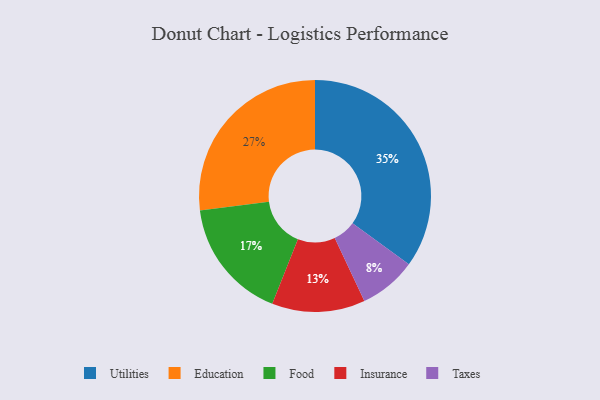
{"axis": {"x": "Category", "y": "Percentage"}, "legend": ["Education", "Food", "Insurance", "Taxes", "Utilities"], "data": [{"x": "Taxes", "y": 8, "type": "Taxes"}, {"x": "Insurance", "y": 13, "type": "Insurance"}, {"x": "Utilities", "y": 35, "type": "Utilities"}, {"x": "Education", "y": 27, "type": "Education"}, {"x": "Food", "y": 17, "type": "Food"}]}